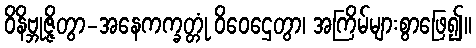
ဝိနိဗ္ဘုဇ္ဇိတွာ-အနေကက္ခတ္တုံ ဝိဝေဌေတွာ၊ အကြိမ်များစွာဖြေ၍။